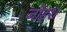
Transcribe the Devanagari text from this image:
जोइश